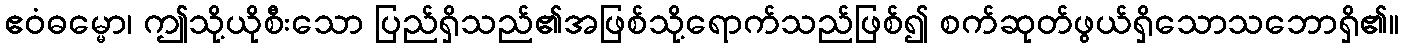
ဧဝံဓမ္မော၊ ဤသို့ယိုစီးသော ပြည်ရှိသည်၏အဖြစ်သို့ရောက်သည်ဖြစ်၍ စက်ဆုတ်ဖွယ်ရှိသောသဘောရှိ၏။